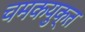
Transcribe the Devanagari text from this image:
चमकयुक्त